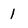
Character: 1